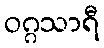
ဝဂ္ဂသာရီ